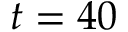
t = 4 0